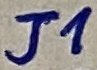
Text: J1